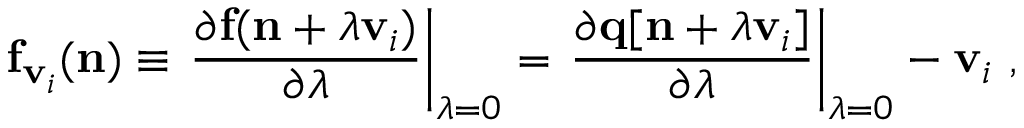
{ \displaystyle { \bf f } _ { { \bf v } _ { i } } ( { \bf n } ) \equiv \left. \frac { \partial { \bf f } ( { \bf n } + \lambda { \bf v } _ { i } ) } { \partial \lambda } \right\vert _ { \lambda = 0 } = \left. \frac { \partial { \bf q } [ { \bf n } + \lambda { \bf v } _ { i } ] } { \partial \lambda } \right\vert _ { \lambda = 0 } - { \bf v } _ { i } } ~ ,